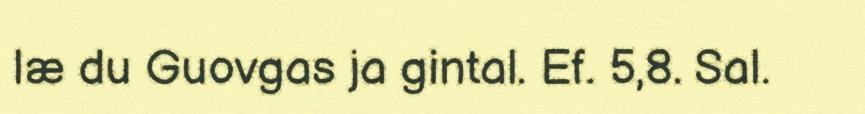
læ du Guovgas ja gintal. Ef. 5,8. Sal.